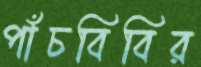
পাঁচবিবির